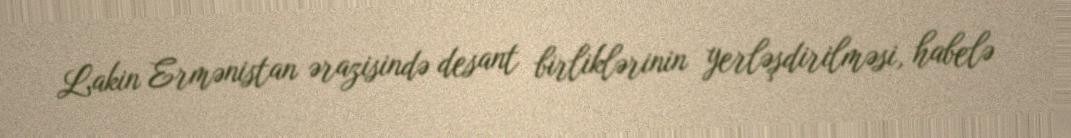
Lakin Ermənistan ərazisində desant birliklərinin yerləşdirilməsi, habelə